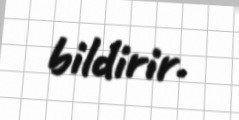
bildirir.